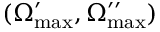
( \Omega _ { \mathrm { m a x } } ^ { \prime } , \Omega _ { \mathrm { m a x } } ^ { \prime \prime } )